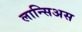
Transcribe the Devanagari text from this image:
लान्सिअस